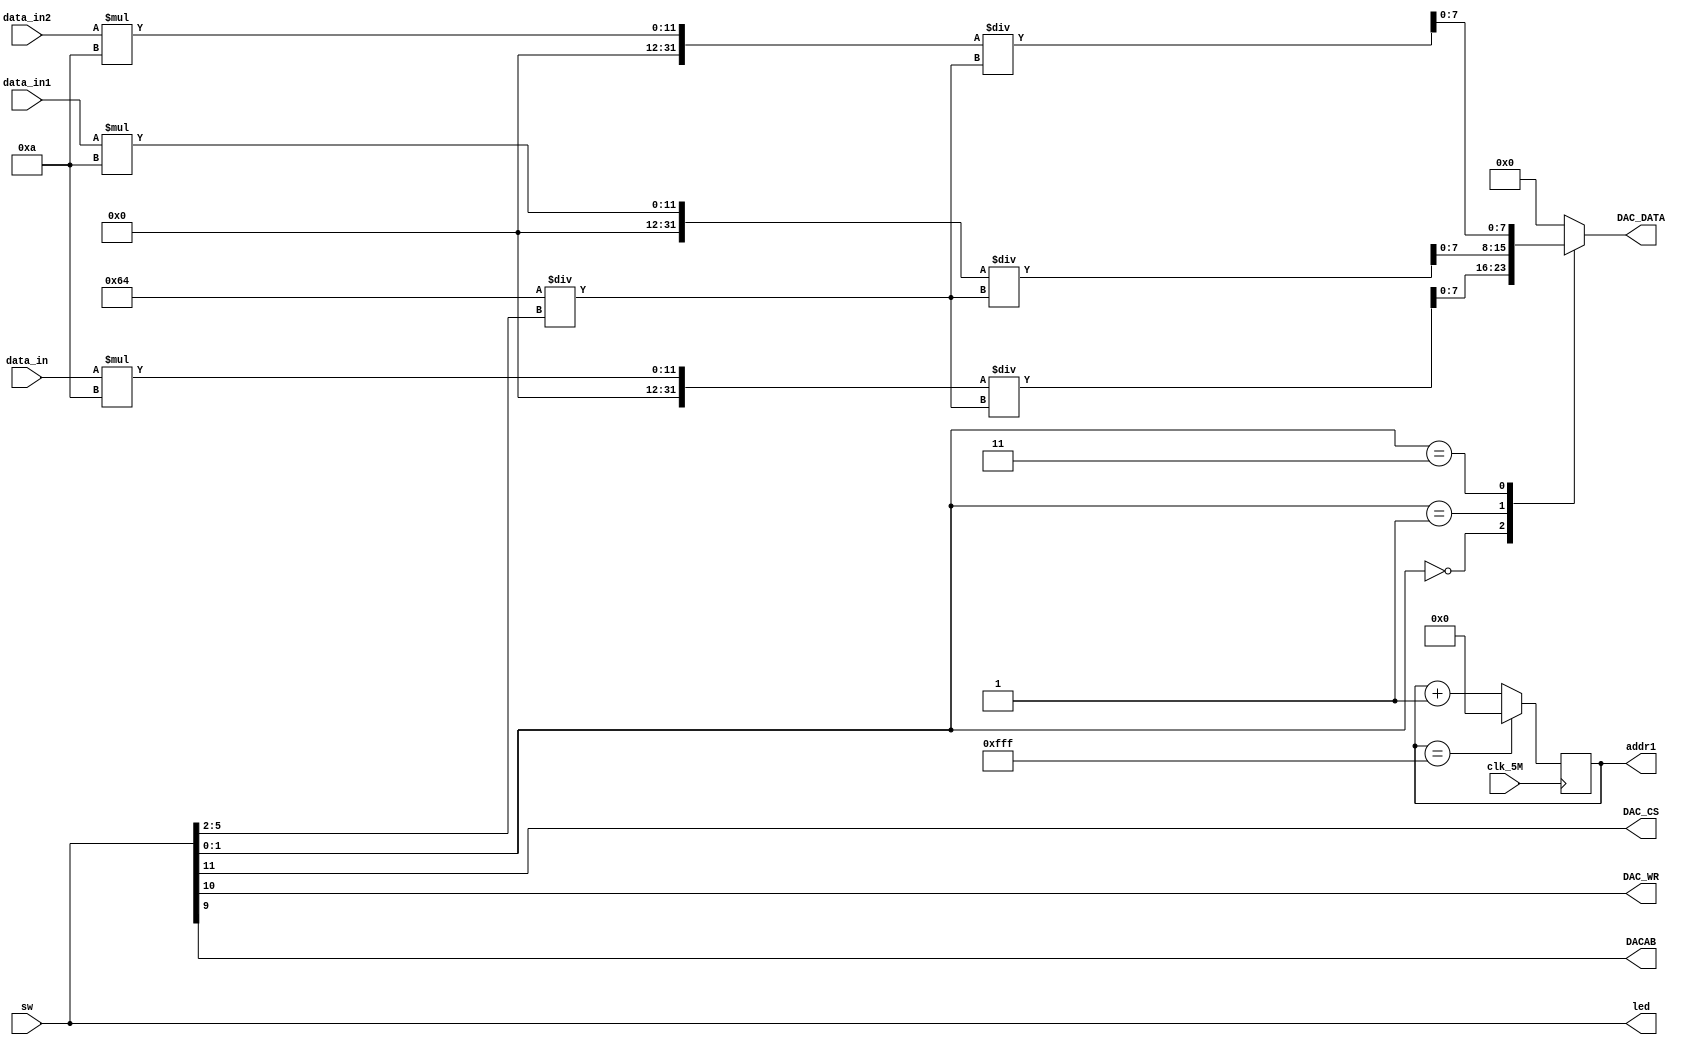
`timescale 1ns / 1ps
//////////////////////////////////////////////////////////////////////////////////
// Company: 
// Engineer: 
// 
// Design Name: 
// Module Name: Test
// Project Name: 
// Target Devices: 
// Tool Versions: 
// Description: 
// 
// Dependencies: 
// 
// Revision:
// Revision 0.01 - File Created
// Additional Comments:
// 
//////////////////////////////////////////////////////////////////////////////////
module Test(
input [7:0]data_in,
input [7:0]data_in1,
input [7:0]data_in2,

input  [11:0]sw,//1200 10sin 11triangle
input clk_5M,

output DAC_CS,
output DAC_WR,
output DACAB,
output [7:0]DAC_DATA,
output [11:0]led,
output [11:0]addr1
    );

reg [11:0]addr=12'b0;
reg [7:0]DATA_IN;

reg [3:0]Amp=4'b10;

assign DAC_CS = sw[11];
assign DAC_WR = sw[10];
assign DACAB = sw[9];
assign led=sw;
assign DAC_DATA = DATA_IN[7:0];

always@(sw)
begin
Amp<=sw[5:2];
case(sw[1:0])
2'b00:DATA_IN=data_in*10/(100/Amp);//
2'b01:DATA_IN=data_in1*10/(100/Amp);
2'b11:DATA_IN=data_in2*10/(100/Amp);
default:DATA_IN=0;
endcase
end

always@(posedge clk_5M)//T=4096*0.0000002  f=1/T=1220hz      
begin
if(addr==12'b111111111111)
    begin
    addr<=0;
    end
else addr=addr+1;//+2 f2=488.28   
end
assign addr1=addr;


endmodule
/*

display a(
.clk_seg(clk_seg),
.seg(seg),
.bit(bit),
.dispdata(sw[7:0])
);

*/